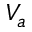
V _ { a }